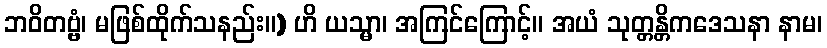
ဘဝိတဗ္ဗံ၊ မဖြစ်ထိုက်သနည်း။) ဟိ ယသ္မာ၊ အကြင်ကြောင့်။ အယံ သုတ္တန္တိကဒေသနာ နာမ၊